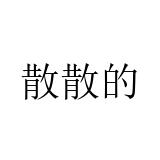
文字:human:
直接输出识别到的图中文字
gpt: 散散的